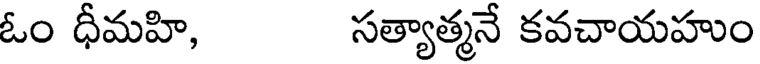
ఓం ధీమహి, సత్యాత్మనే కవచాయహుం